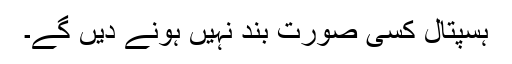
ہسپتال کسی صورت بند نہیں ہونے دیں گے۔